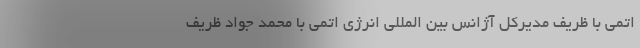
اتمی با ظریف مدیرکل آژانس بین المللی انرژی اتمی با محمد جواد ظریف